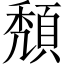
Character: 頽